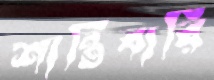
শান্তিবারি